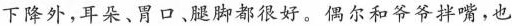
下降外，耳朵、胃口、腿脚都很好。偶尔和爷爷拌嘴，也